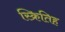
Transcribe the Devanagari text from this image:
स्क्रितिह